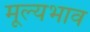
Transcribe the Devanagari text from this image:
मूल्यभाव